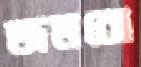
জমবো